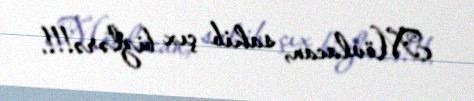
Mövlacan, sahib çıx bizlərə!!!.